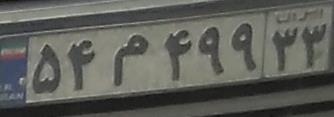
۵۴م۴۹۹۳۳